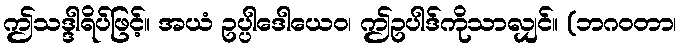
ဤသဒ္ဒါရိပ်ဖြင့်။ အယံ ဥပ္ပါဒေါယေဝ၊ ဤဥပါဒ်ကိုသာလျှင်။ (ဘဂဝတာ၊